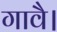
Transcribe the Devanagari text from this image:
गावै।